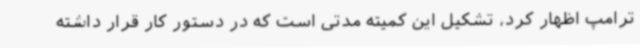
ترامپ اظهار کرد، تشکیل این کمیته مدتی است که در دستور کار قرار داشته